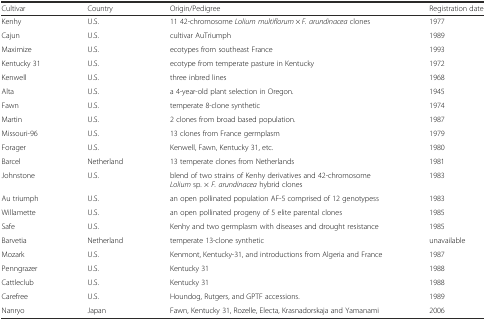
| Cultivar | Country | Origin/Pedigree | Registration date |
 | --- | --- | --- | --- |
 | Kenhy | U.S. | 11 42-chromosome Lolium multiflorum × F. arundinacea clones | 1977 |
 | Cajun | U.S. | cultivar AuTriumph | 1989 |
 | Maximize | U.S. | ecotypes from southeast France | 1993 |
 | Kentucky 31 | U.S. | ecotype from temperate pasture in Kentucky | 1972 |
 | Kenwell | U.S. | three inbred lines | 1968 |
 | Alta | U.S. | a 4-year-old plant selection in Oregon. | 1945 |
 | Fawn | U.S. | temperate 8-clone synthetic | 1974 |
 | Martin | U.S. | 2 clones from broad based population. | 1987 |
 | Missouri-96 | U.S. | 13 clones from France germplasm | 1979 |
 | Forager | U.S. | Kenwell, Fawn, Kentucky 31, etc. | 1980 |
 | Barcel | Netherland | 13 temperate clones from Netherlands | 1981 |
 | Johnstone | U.S. | blend of two strains of Kenhy derivatives and 42-chromosome Lolium sp. × F. arundinacea hybrid clones | 1983 |
 | Au triumph | U.S. | an open pollinated population AF-5 comprised of 12 genotypess | 1983 |
 | Willamette | U.S. | an open pollinated progeny of 5 elite parental clones | 1985 |
 | Safe | U.S. | Kenhy and two germplasm with diseases and drought resistance | 1985 |
 | Barvetia | Netherland | temperate 13-clone synthetic | unavailable |
 | Mozark | U.S. | Kenmont, Kentucky-31, and introductions from Algeria and France | 1987 |
 | Penngrazer | U.S. | Kentucky 31 | 1988 |
 | Cattleclub | U.S. | Kentucky 31 | 1988 |
 | Carefree | U.S. | Houndog, Rutgers, and GPTF accessions. | 1989 |
 | Nanryo | Japan | Fawn, Kentucky 31, Rozelle, Electa, Krasnadorskaja and Yamanami | 2006 |